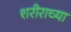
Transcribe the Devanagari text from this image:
शरीराच्या